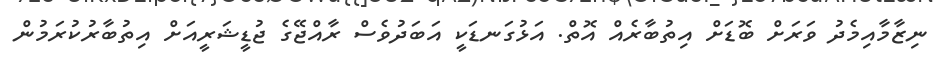
ނިޒާމާއިމެދު ވަރަށް ބޮޑަށް އިތުބާރެއް އޮތް. އަޅުގަނޑަކީ އަބަދުވެސް ރާއްޖޭގެ ޖުޑީޝަރީއަށް އިތުބާރުކުރަމުން